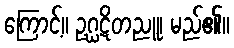
ကြောင့်။ ဥဂ္ဃဋိတညူ၊ မည်၏။